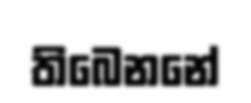
තිබෙනනේ